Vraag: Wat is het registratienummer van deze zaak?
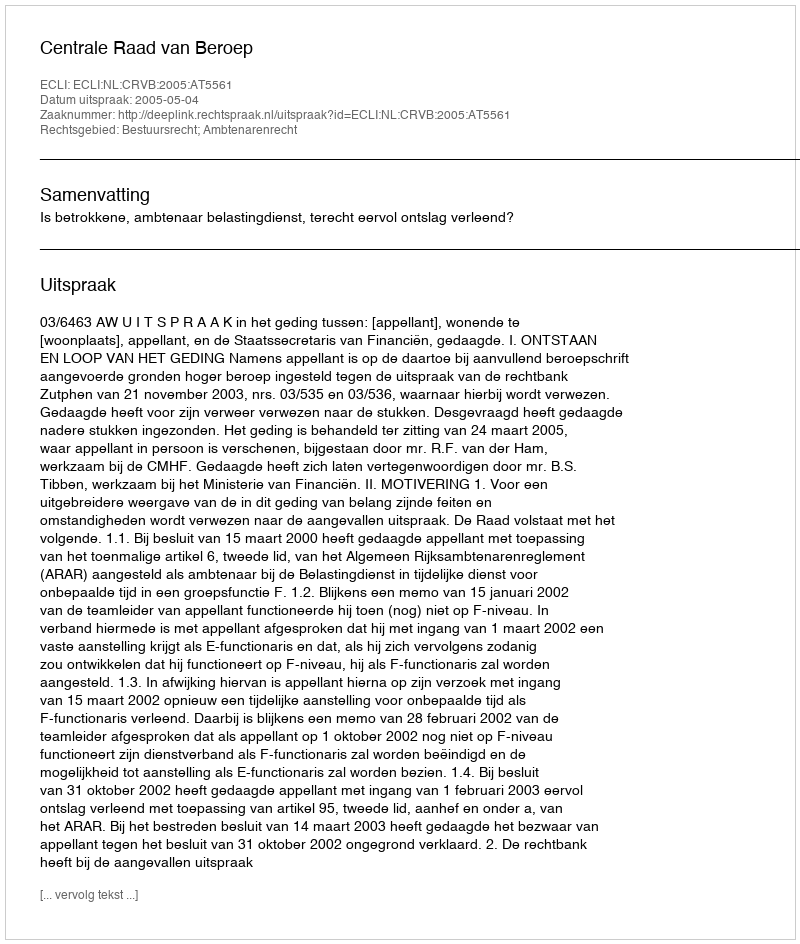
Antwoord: http://deeplink.rechtspraak.nl/uitspraak?id=ECLI:NL:CRVB:2005:AT5561